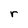
Character: r